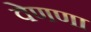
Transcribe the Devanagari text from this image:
वेणणा